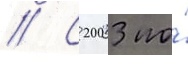
// С 2003 по́